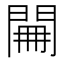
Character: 𨴕